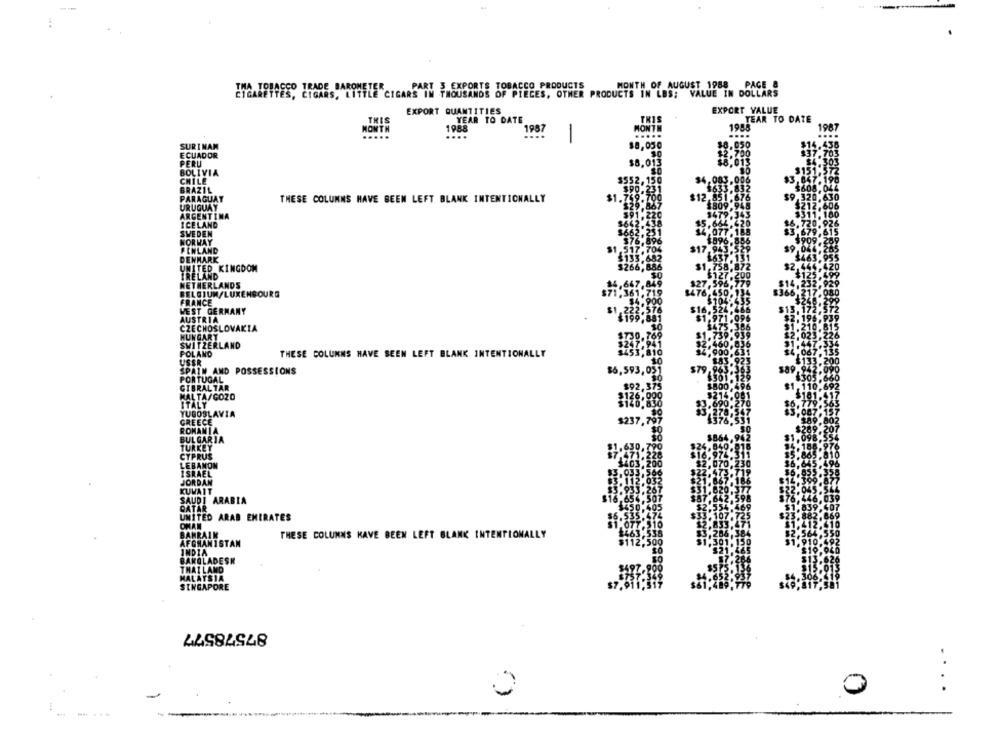
THA TOBACCO TRADE BAROMETER
PART 3 EXPORTS TOBACCO PRODUCTS
MONTH OF AUGUST 1988 PAGE &
CIGARETTES, CIGARS, LITTLE CIGARS IN THOUSANDS OF PIECES, OTHER PRODUCTS IN LBS; VALUE IN DOLLARS
EXPORT QUANTITIES
EXPORT VALUE
YEAR TO DATE
TEAR TO DATE
1988
1908
NOWTH
1987
MONTE
...
...
-
10.050
18.050
SURINAM
ECUADOR
PERU
BOLIVIA
CHILE
PARAGUAY
THESE COLUMNS HAVE BEEN LEFT BLANK INTENTIONALLY
URUGUAY
ARGENTINA
ICELAND
SVEDEN
NORWAY
FINLAND
DENMARK
UNITED KINGDOM
IRELAND
NETHERLANDS
BELGIUM/LUXENBOURG
FRANCE
WEST GERMANY
AUSTRIA
CZECHOSLOVAKIA
HUNGARY
SWITZERLAND
POLAND
THESE COLUMNS HAVE SEEN LEFT BLANK INTENTIONALLY
USSR
SPAIN AND POSSESSIONS
$6,593
PORTUGAL
MALTA/GOZO
ITAL
YUGOSLAVIA
GREECE
ROMAMI
TURKEY
BULGARIA
CYPRUS
UDI ARABIA
ITED ARAB EMIRATES
THESE COLUMNS HAVE BEEN LEFT BLANK INTENTIONALLY
ISTAN
DESK
87578577
....
0